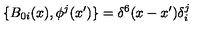
\{ B _ { 0 i } ( x ) , \phi ^ { j } ( x ^ { \prime } ) \} = \delta ^ { 6 } ( x - x ^ { \prime } ) \delta _ { i } ^ { j }